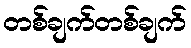
တစ်ချက်တစ်ချက်